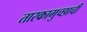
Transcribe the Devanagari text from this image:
तारकागुच्छाची